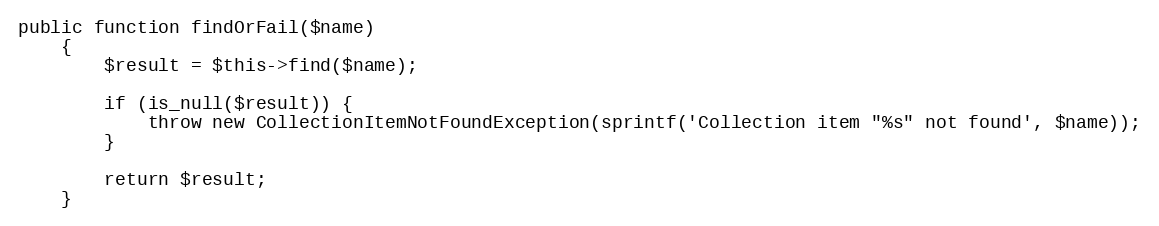
Language: PHP
public function findOrFail($name)
    {
        $result = $this->find($name);

        if (is_null($result)) {
            throw new CollectionItemNotFoundException(sprintf('Collection item "%s" not found', $name));
        }

        return $result;
    }